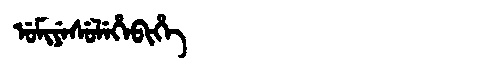
Manchu: ᡠᠮᡳᠶᡝᠰᡠᠯᡝᡥᡝᠪᡳᡥᡝ
Romanization: UMIYESULEHEBIHE